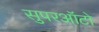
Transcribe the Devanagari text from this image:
सुपरऑटो